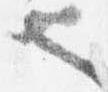
也